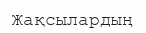
Жақсылардың